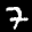
Label: 7